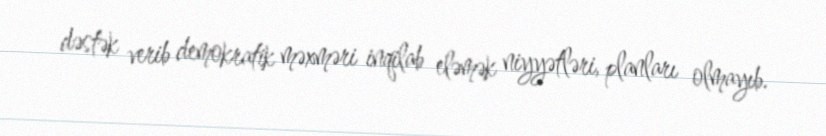
dəstək verib demokratik məxməri inqilab eləmək niyyətləri, planları olmayıb.